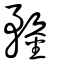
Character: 鍪